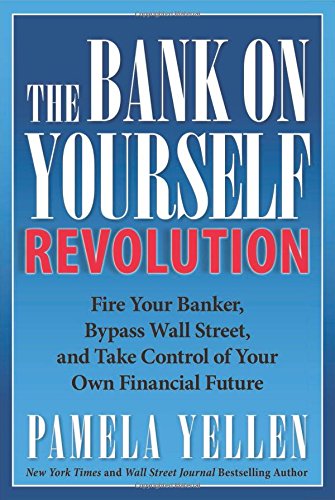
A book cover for The Bank On Yourself Revolution: Fire Your Banker, Bypass Wall Street, and Take Control of Your Own Financial Future; Pamela Yellen; Business & Money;